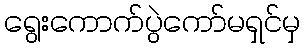
ရွေးကောက်ပွဲကော်မရှင်မှ